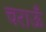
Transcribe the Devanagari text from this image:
चराऊँ